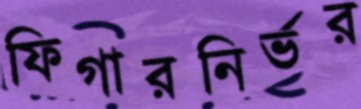
ফিগারনির্ভর